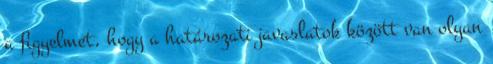
a figyelmet, hogy a határozati javaslatok között van olyan